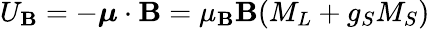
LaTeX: U_{\mathbf{B}}=-{\boldsymbol{\mu}}\cdot\mathbf{{\mathbf{B}}}=\mu_{\mathbf{B}}\mathbf{B}(M_{L}+g_{S}M_{S})